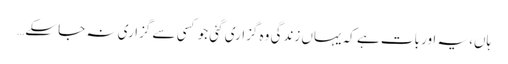
ہاں، یہ اور بات ہے کہ یہاں زندگی وہ گزاری گئی جو کسی سے گزاری نہ جا سکے…